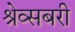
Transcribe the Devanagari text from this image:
श्रेव्सबरी